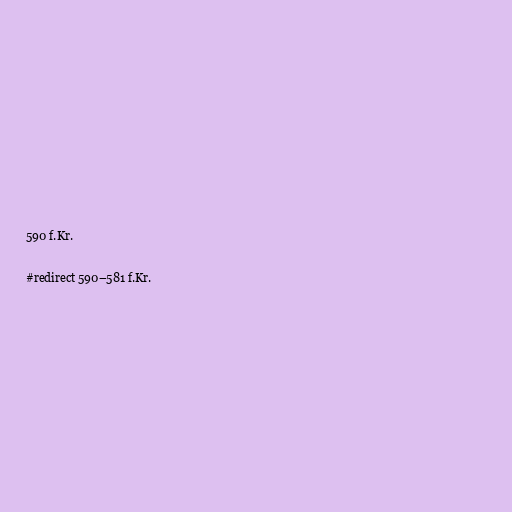
590 f.Kr.

#redirect 590–581 f.Kr.